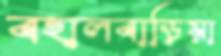
বহালবাড়িয়া